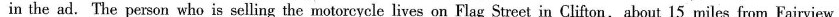
in the ad. The person who is selling the motorcycle lives on Flag Street in Clifton, about 15 miles from Fairview